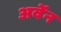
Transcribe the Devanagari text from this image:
अर्वेन